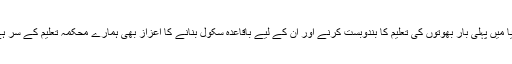
دنیا میں پہلی بار بھوتوں کی تعلیم کا بندوبست کرنے اور ان کے لیے باقاعدہ سکول بنانے کا اعزاز بھی ہمارے محکمہ تعلیم کے سر ہے۔